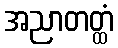
အညာတတ္ထံ